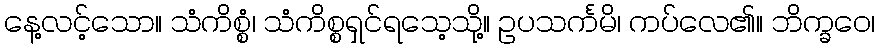
နေ့လင့်သော။ သံကိစ္စံ၊ သံကိစ္စရှင်ရသေ့သို့။ ဥပသင်္ကမိ၊ ကပ်လေ၏။ ဘိက္ခဝေ၊